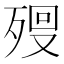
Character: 𣨨